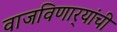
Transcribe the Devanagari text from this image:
वाजविणार्‍यांची